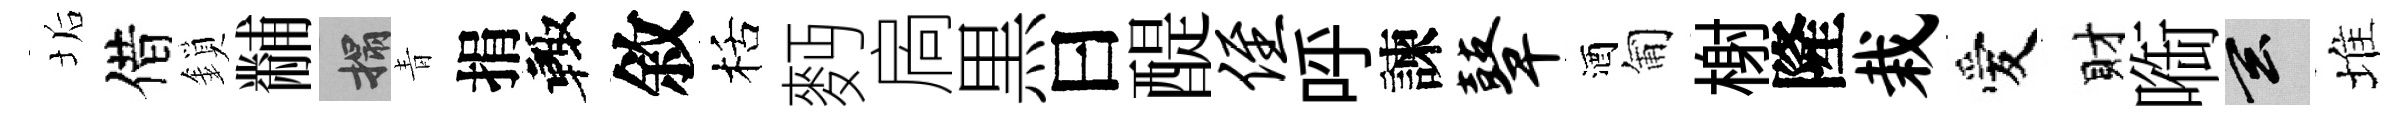
垢借鎖黼搨青捐輙敘栝麪扄黒曰醍侄呼諫鼙酒匍榭隆栽愛財㗸玄堆